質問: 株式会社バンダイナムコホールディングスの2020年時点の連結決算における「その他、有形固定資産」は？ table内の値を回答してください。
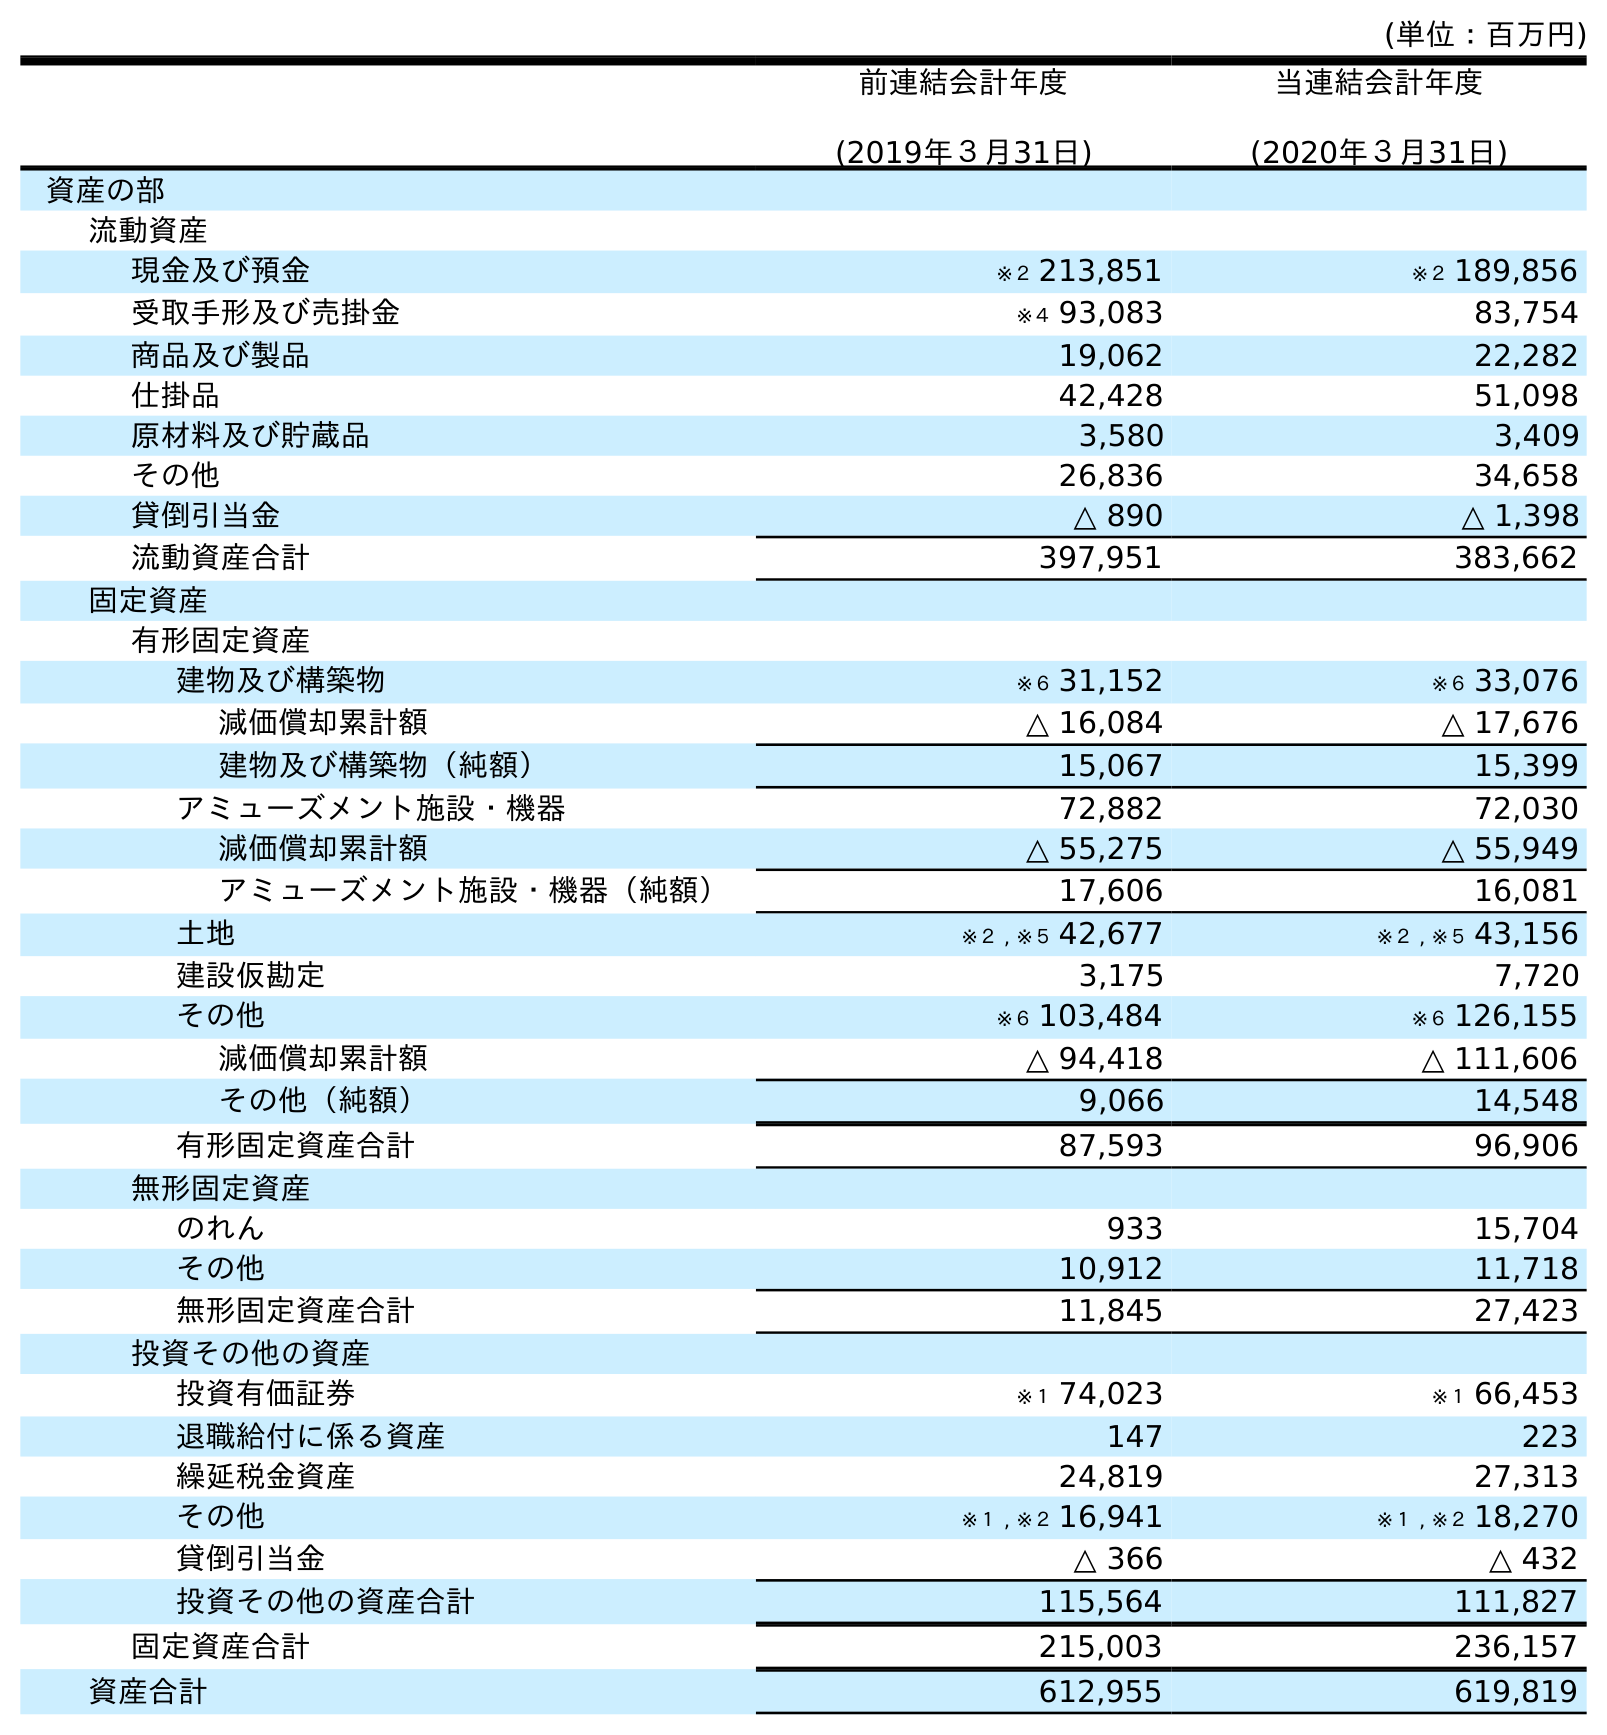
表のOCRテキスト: (単位：百万円) 前連結会計年度 (2019年３月31日) 当連結会計年度 (2020年３月31日) 資産の部 流動資産 現金及び預金 ※２ 213,851 ※２ 189,856 受取手形及び売掛金 ※４ 93,083 83,754 商品及び製品 19,062 22,282 仕掛品 42,428 51,098 原材料及び貯蔵品 3,580 3,409 その他 26,836 34,658 貸倒引当金 △ 890 △ 1,398 流動資産合計 397,951 383,662 固定資産 有形固定資産 建物及び構築物 ※６ 31,152 ※６ 33,076 減価償却累計額 △ 16,084 △ 17,676 建物及び構築物（純額） 15,067 15,399 アミューズメント施設・機器 72,882 72,030 減価償却累計額 △ 55,275 △ 55,949 アミューズメント施設・機器（純額） 17,606 16,081 土地 ※２ , ※５ 42,677 ※２ , ※５ 43,156 建設仮勘定 3,175 7,720 その他 ※６ 103,484 ※６ 126,155 減価償却累計額 △ 94,418 △ 111,606 その他（純額） 9,066 14,548 有形固定資産合計 87,593 96,906 無形固定資産 のれん 933 15,704 その他 10,912 11,718 無形固定資産合計 11,845 27,423 投資その他の資産 投資有価証券 ※１ 74,023 ※１ 66,453 退職給付に係る資産 147 223 繰延税金資産 24,819 27,313 その他 ※１ , ※２ 16,941 ※１ , ※２ 18,270 貸倒引当金 △ 366 △ 432 投資その他の資産合計 115,564 111,827 固定資産合計 215,003 236,157 資産合計 612,955 619,819
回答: ※６126,155